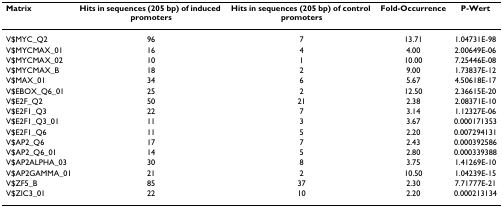
| Matrix | Hits in sequences (205 bp) of induced promoters | Hits in sequences (205 bp) of control promoters | Fold-Occurrence | P-Wert |
 | --- | --- | --- | --- | --- |
 | V$MYC_Q2 | 96 | 7 | 13.71 | 1.04731E-98 |
 | V$MYCMAX_01 | 16 | 4 | 4.00 | 2.00649E-06 |
 | V$MYCMAX_02 | 10 | 1 | 10.00 | 7.25446E-08 |
 | V$MYCMAX_B | 18 | 2 | 9.00 | 1.73837E-12 |
 | V$MAX_01 | 34 | 6 | 5.67 | 4.50618E-17 |
 | V$EBOX_Q6_01 | 25 | 2 | 12.50 | 2.36615E-20 |
 | V$E2F_Q2 | 50 | 21 | 2.38 | 2.08371E-10 |
 | V$E2F1_Q3 | 22 | 7 | 3.14 | 1.12327E-06 |
 | V$E2F1_Q3_01 | 11 | 3 | 3.67 | 0.000171353 |
 | V$E2F1_Q6 | 11 | 5 | 2.20 | 0.007294131 |
 | V$AP2_Q6 | 17 | 7 | 2.43 | 0.000392586 |
 | V$AP2_Q6_01 | 14 | 5 | 2.80 | 0.000339388 |
 | V$AP2ALPHA_03 | 30 | 8 | 3.75 | 1.41269E-10 |
 | V$AP2GAMMA_01 | 21 | 2 | 10.50 | 1.04239E-15 |
 | V$ZF5_B | 85 | 37 | 2.30 | 7.71777E-21 |
 | V$ZIC3_01 | 22 | 10 | 2.20 | 0.000213134 |